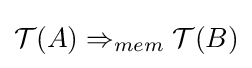
{\mathcal {T}}(A)\Rightarrow _{mem}{\mathcal {T}}(B)